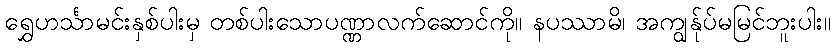
ရွှေဟင်္သာမင်းနှစ်ပါးမှ တစ်ပါးသောပဏ္ဏာလက်ဆောင်ကို။ နပဿာမိ၊ အကျွန်ုပ်မမြင်ဘူးပါး။